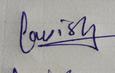
Signature authenticity: genuine